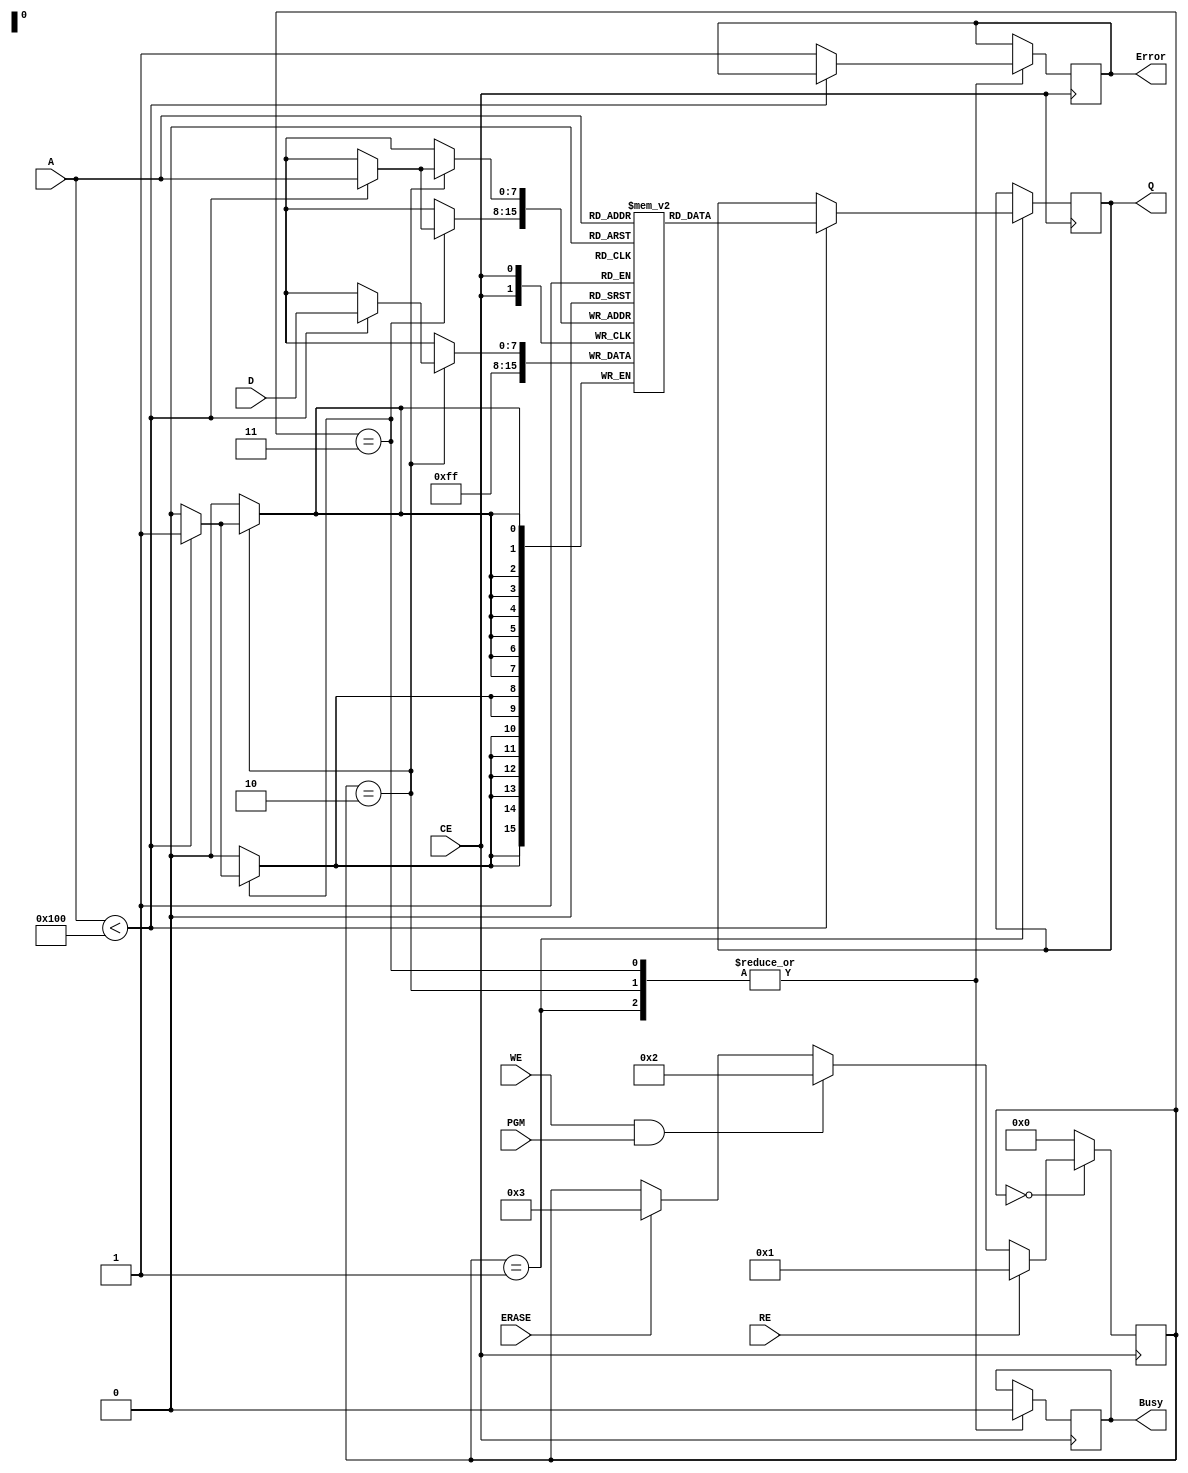
module IO_Block_NOR_EEPROM (
    input wire [7:0] D,        // Data Input
    input wire [7:0] A,        // Address Input
    input wire WE,             // Write Enable
    input wire RE,             // Read Enable
    input wire CE,             // Chip Enable
    input wire PGM,            // Program signal
    input wire ERASE,          // Erase signal
    output reg [7:0] Q,        // Data Output
    output reg Busy,           // Busy status
    output reg Error           // Error status
);

    // Memory array (for simplicity, we assume 256x8 bits memory)
    reg [7:0] memory [0:255];

    // Internal signals
    reg [7:0] data_buffer;     // Buffer for data during operations
    reg [3:0] state;           // State machine for operation control

    // Define states
    parameter IDLE = 4'b0000;
    parameter READ = 4'b0001;
    parameter WRITE = 4'b0010;
    parameter ERASE_OP = 4'b0011;

    // Always block for operations
    always @(posedge CE) begin
        if (!CE) begin
            Busy <= 1'b0;
            Error <= 1'b0;
            state <= IDLE;
        end else begin
            case (state)
                IDLE: begin
                    if (RE) begin
                        state <= READ;
                    end else if (WE && PGM) begin
                        state <= WRITE;
                    end else if (ERASE) begin
                        state <= ERASE_OP;
                    end
                end

                READ: begin
                    Busy <= 1'b1;
                    if (A < 256) begin
                        Q <= memory[A]; // Read operation
                    end else begin
                        Error <= 1'b1; // Address out of range
                    end
                    state <= IDLE;
                    Busy <= 1'b0;
                end

                WRITE: begin
                    Busy <= 1'b1;
                    if (A < 256) begin
                        memory[A] <= D; // Write operation
                    end else begin
                        Error <= 1'b1; // Address out of range
                    end
                    state <= IDLE;
                    Busy <= 1'b0;
                end

                ERASE_OP: begin
                    Busy <= 1'b1;
                    if (A < 256) begin
                        memory[A] <= 8'b11111111; // Erase operation, reset to '1's
                    end else begin
                        Error <= 1'b1; // Address out of range
                    end
                    state <= IDLE;
                    Busy <= 1'b0;
                end

                default: begin
                    state <= IDLE;
                end
            endcase
        end
    end

endmodule